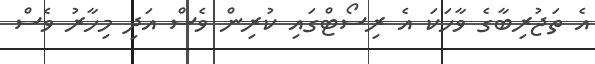
އެ ތަޖުރިބާގެ ވާހަކަ އެ ރިސޯޓްގައި ކުރިން ވެސް އަދި މިހާރު ވެސް